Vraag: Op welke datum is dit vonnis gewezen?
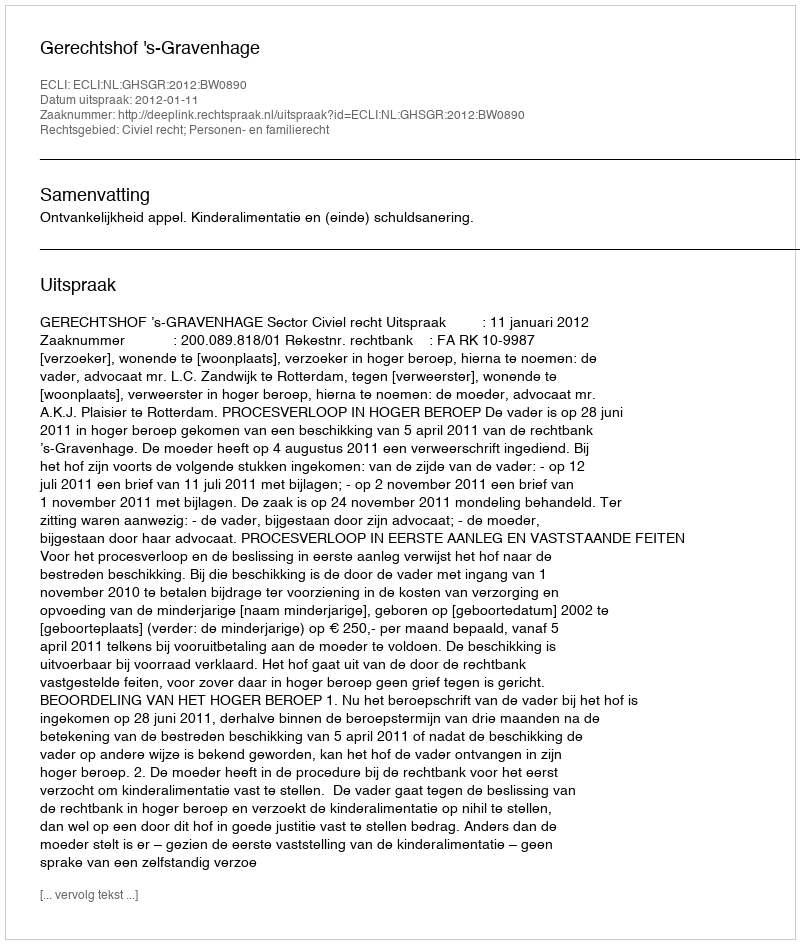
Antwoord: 2012-01-11